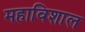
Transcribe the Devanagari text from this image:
महाविशाल